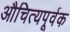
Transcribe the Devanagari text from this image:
औचित्यपूर्वक